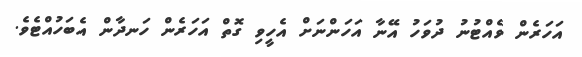
އަހަރެން ވެއްޓުނު ދުވަހު އޭނާ އަހަންނަށް އެހީވި ގޮތް އަހަރެން ހަނދާން އެބަހުއްޓެވެ.